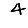
Digit: 4